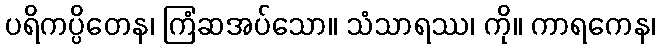
ပရိကပ္ပိတေန၊ ကြံဆအပ်သော။ သံသာရဿ၊ ကို။ ကာရကေန၊